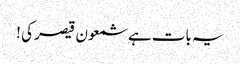
یہ بات ہے شمعون قیصر کی !